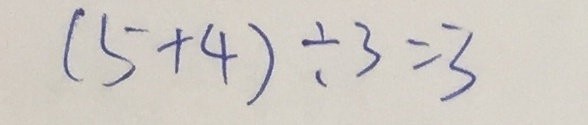
( 5 + 4 ) \div 3 = 3